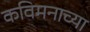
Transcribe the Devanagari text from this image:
कविमनाच्या